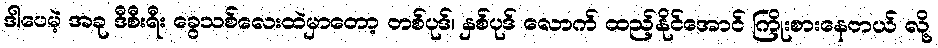
ဒါပေမဲ့ အခု ဒီစီးရီး ခွေသစ်လေးထဲမှာတော့ တစ်ပုဒ်၊ နှစ်ပုဒ် လောက် ထည့်နိုင်အောင် ကြိုးစားနေတယ် လို့